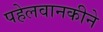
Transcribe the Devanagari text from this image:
पहेलवानकीने